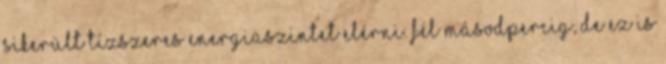
sikerült tízszeres energiaszintet elérni. Fél másodpercig, de ez is